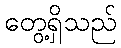
တွေ့ရှိသည်